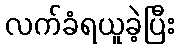
လက်ခံရယူခဲ့ပြီး